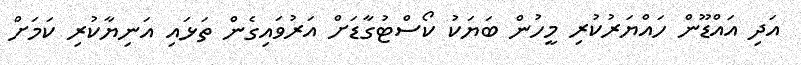
އަދި އައްޑޫން ހައްޔަރުކުރި މީހުން ބަޔަކު ކޯސްޓުގާޑަށް އަރުވައިގެން ތަޅައި އަނިޔާކުރި ކަމަށް